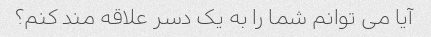
آیا می توانم شما را به یک دسر علاقه مند کنم؟